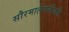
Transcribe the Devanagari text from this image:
सौरमालेपलीकडे